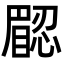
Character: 𥊟